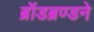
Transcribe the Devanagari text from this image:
ब्रॉडब्रण्डने